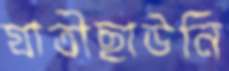
যাত্রীছাউনি